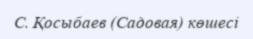
С. Қосыбаев (Садовая) көшесі